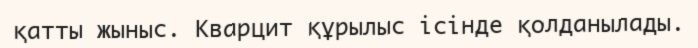
қатты жыныс. Кварцит құрылыс ісінде қолданылады.